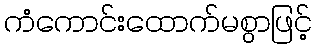
ကံကောင်းထောက်မစွာဖြင့်